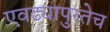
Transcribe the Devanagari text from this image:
एवढ्यापुरतेच